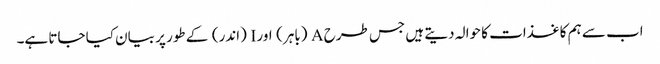
اب سے ہم کاغذات کا حوالہ دیتے ہیں جس طرح A (باہر) اور I (اندر) کے طور پر بیان کیا جاتا ہے۔